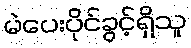
မဲပေးပိုင်ခွင့်ရှိသူ